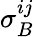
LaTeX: \sigma_{B}^{ij}